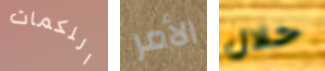
اللكمات الأمر خلال